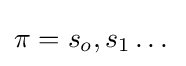
\pi =s_{o},s_{1}\dots